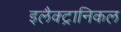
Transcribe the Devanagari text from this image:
इलैक्ट्रानिकल